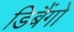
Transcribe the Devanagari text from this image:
डिबैंगो